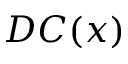
D C ( x )